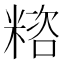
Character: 𥻓